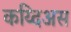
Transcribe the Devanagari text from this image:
कय्दिअस